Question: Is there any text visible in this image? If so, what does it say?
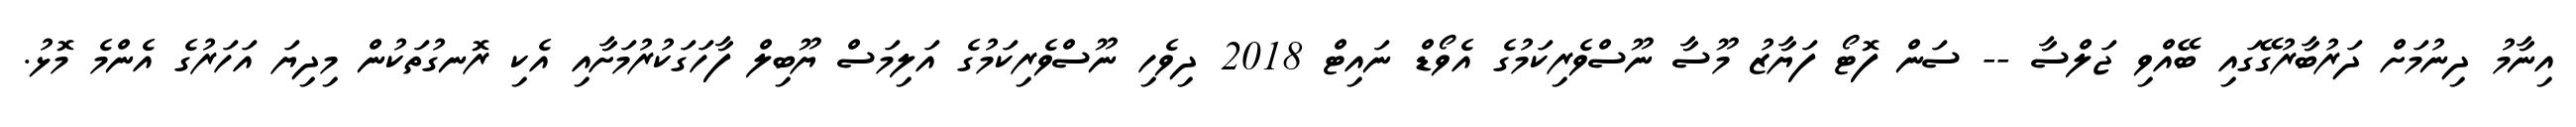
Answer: އިނާމު ދިނުމަށް ދަރުބާރުގޭގައި ބޭއްވި ޖަލްސާ -- ސަން ފޮޓޯ ފަޔާޒު މޫސާ ނޫސްވެރިކަމުގެ އެވޯޑް ނައިޓް 2018 ދިވެހި ނޫސްވެރިކަމުގެ އަލިމަސް ޔޫބިލް ފާހަގަކުރުމަށާއި އެކި ރޮނގުތަކުން މިދިޔަ އަހަރުގެ އެންމެ މޮޅު.